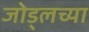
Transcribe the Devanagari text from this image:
जोड्लच्या